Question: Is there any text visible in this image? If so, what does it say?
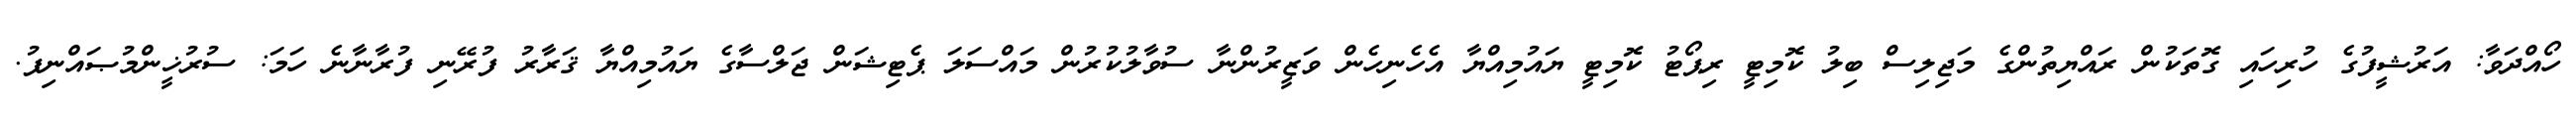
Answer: ހޯއްދަވާ: އަރުޝީފުގެ ހުރިހައި ގޮތަކުން ރައްޔިތުންގެ މަޖިލިސް ބިލު ކޮމިޓީ ރިޕޯޓު ކޮމިޓީ ޔައުމިއްޔާ އެހެނިހެން ވަޒީރުންނާ ސުވާލުކުރުން މައްސަލަ ޕެޓިޝަން ޖަލްސާގެ ޔައުމިއްޔާ ޤަރާރު ފުރޭނި ފުރާނާނެ ހަމަ: ސުރުޚީންމުޞައްނިފު.